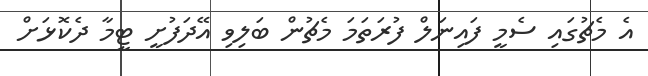
އެ މެޗުގައި ސެމީ ފައިނަލް ފުރަތަމަ މެޗުން ބަލިވި އޭދަފުށީ ޓީމާ ދެކޮޅަށް